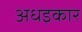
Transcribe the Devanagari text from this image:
अधइकार